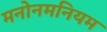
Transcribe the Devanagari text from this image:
मनोनमनियम